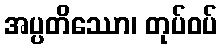
အပ္ပတိဿော၊ တုပ်ဝပ်